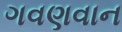
ગવણવાન